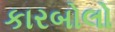
કારબોલો